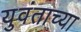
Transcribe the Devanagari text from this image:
युवंताच्या